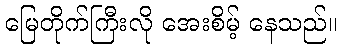
မြေတိုက်ကြီးလို အေးစိမ့် နေသည်။